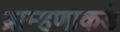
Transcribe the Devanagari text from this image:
ब्राम्हणाकडे